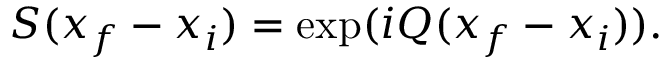
S ( x _ { f } - x _ { i } ) = \exp ( i Q ( x _ { f } - x _ { i } ) ) .